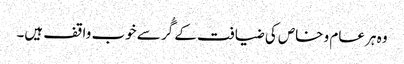
وہ ہر عام و خاص کی ضیافت کے گُر سے خوب واقف ہیں۔